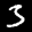
Label: 3